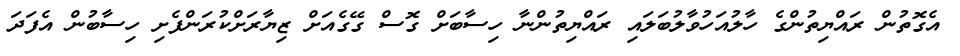
އެގޮތުން ރައްޔިތުންގެ ހާލުއަހުވާލުބަލައި ރައްޔިތުންނާ ހިސާބަށް ގޮސް ގޭގެއަށް ޒިޔާރަށްކުރަންފެށި ހިސާބުން އެފަދަ